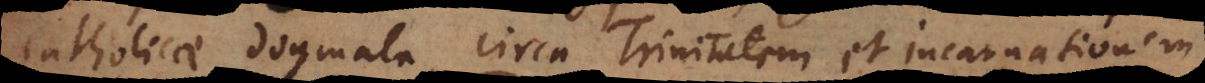
Catholicae dogmata circa Trinitatem et incarnationem